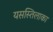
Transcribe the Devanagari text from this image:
यसस्तिलाका